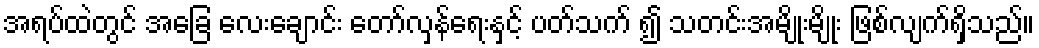
အရပ်ထဲတွင် အခြေ လေးချောင်း တော်လှန်ရေးနှင့် ပတ်သက် ၍ သတင်းအမျိုးမျိုး ဖြစ်လျက်ရှိသည်။